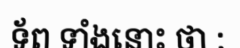
ទ័ព ទាំងនោះ ថា :